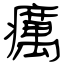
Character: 癘